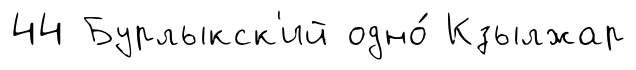
44 Бурлыкск'ий одно́ Кзылжар